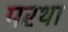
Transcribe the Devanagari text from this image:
परथा